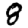
Digit: 8